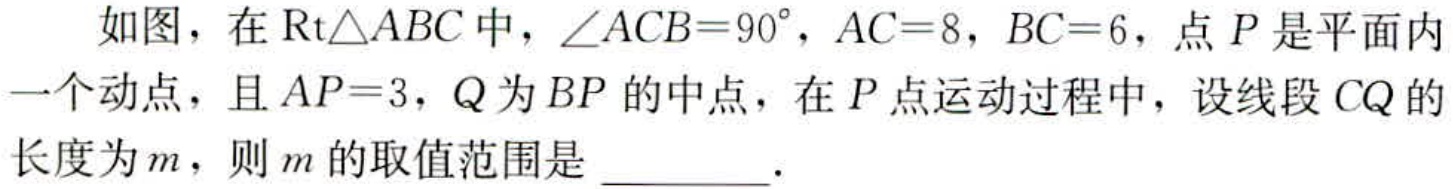
如图，在$\text{Rt}\triangle ABC$中，$\angle ACB = 90^{\circ}$，$AC = 8$，$BC = 6$，点$P$是平面内一个动点，且$AP = 3$，$Q$为$BP$的中点，在$P$点运动过程中，设线段$CQ$的长度为$m$，则$m$的取值范围是  ．